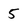
Character: 5